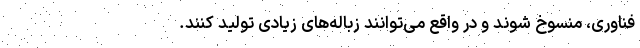
فناوری، منسوخ شوند و در واقع می‌توانند زباله‌های زیادی تولید کنند.